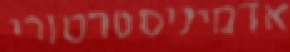
אדמיניסטרטורי